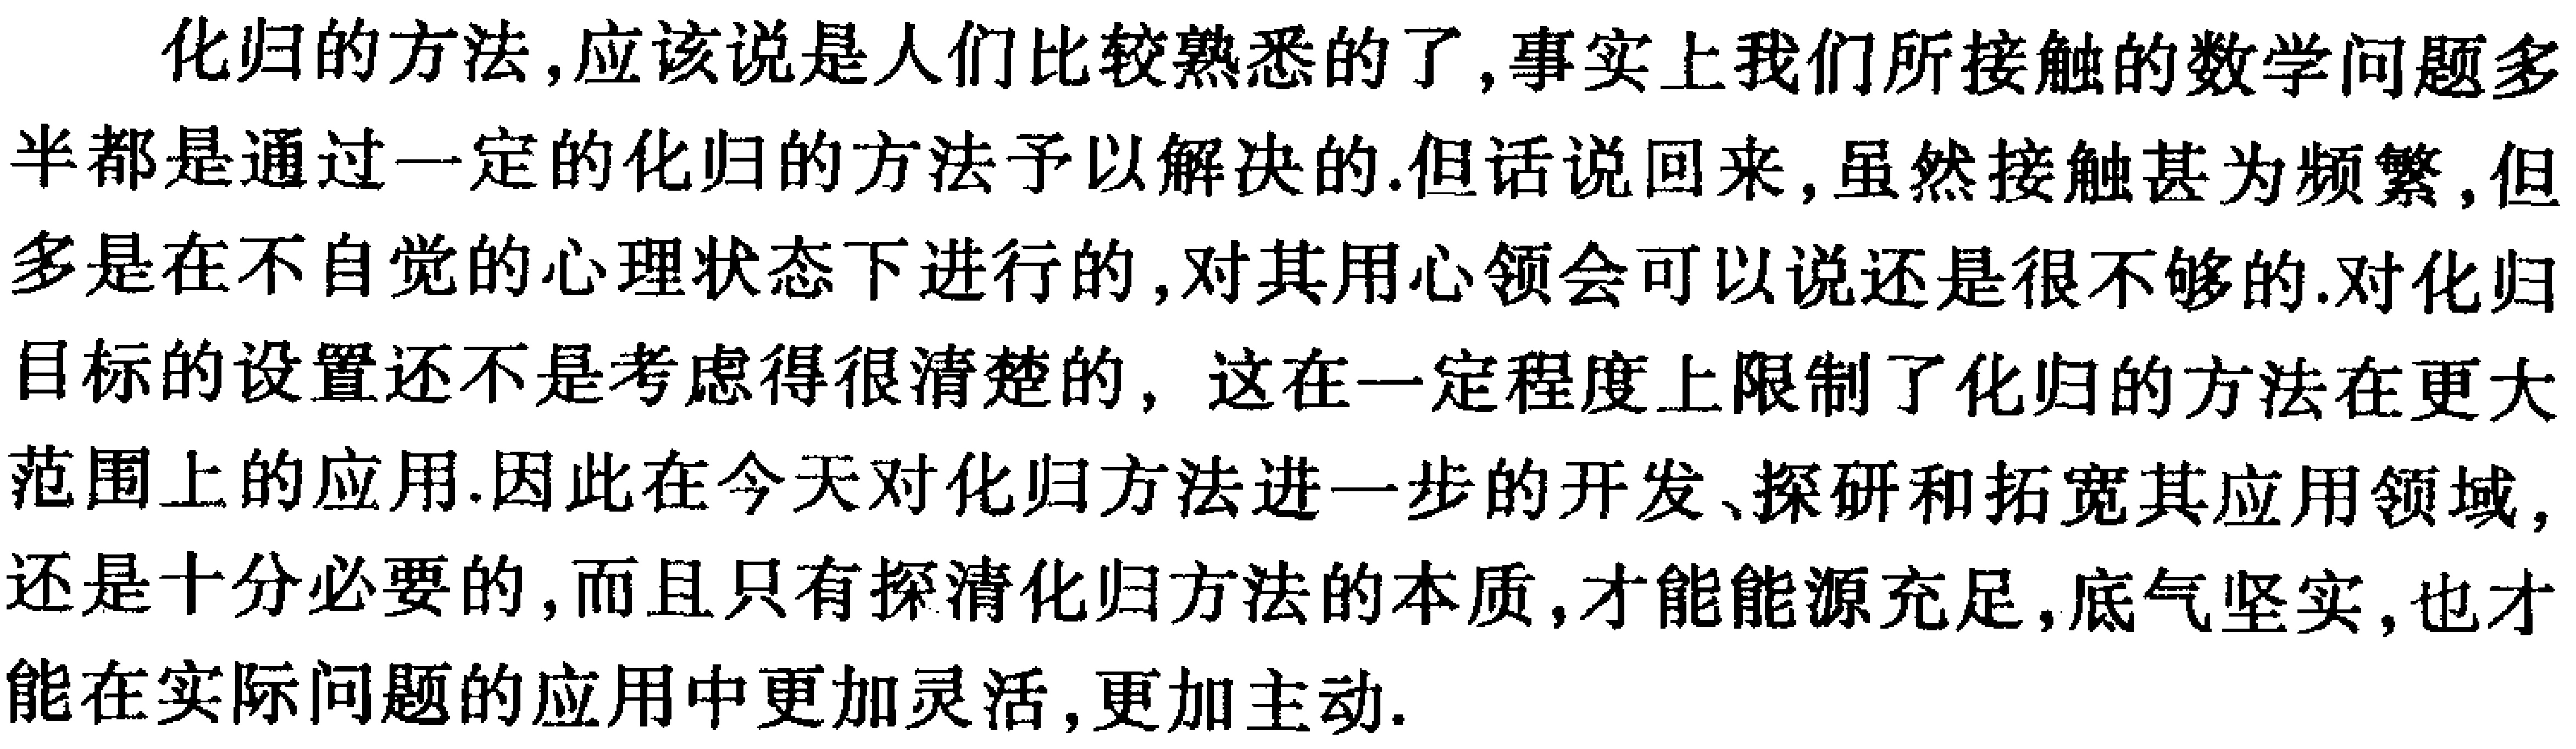
化归的方法,应该说是人们比较熟悉的了,事实上我们所接触的数学问题多半都是通过一定的化归的方法予以解决的.但话说回来,虽然接触甚为频繁,但多是在不自觉的心理状态下进行的,对其用心领会可以说还是很不够的.对化归目标的设置还不是考虑得很清楚的, 这在一定程度上限制了化归的方法在更大范围上的应用.因此在今天对化归方法进一步的开发、探研和拓宽其应用领域,还是十分必要的,而且只有探清化归方法的本质,才能能源充足,底气坚实,也才能在实际问题的应用中更加灵活,更加主动.